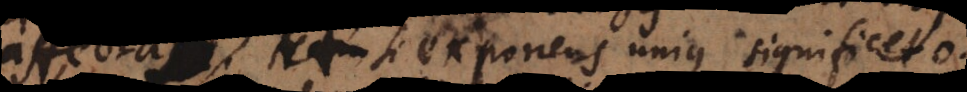
Et si exponens unius significet 0,